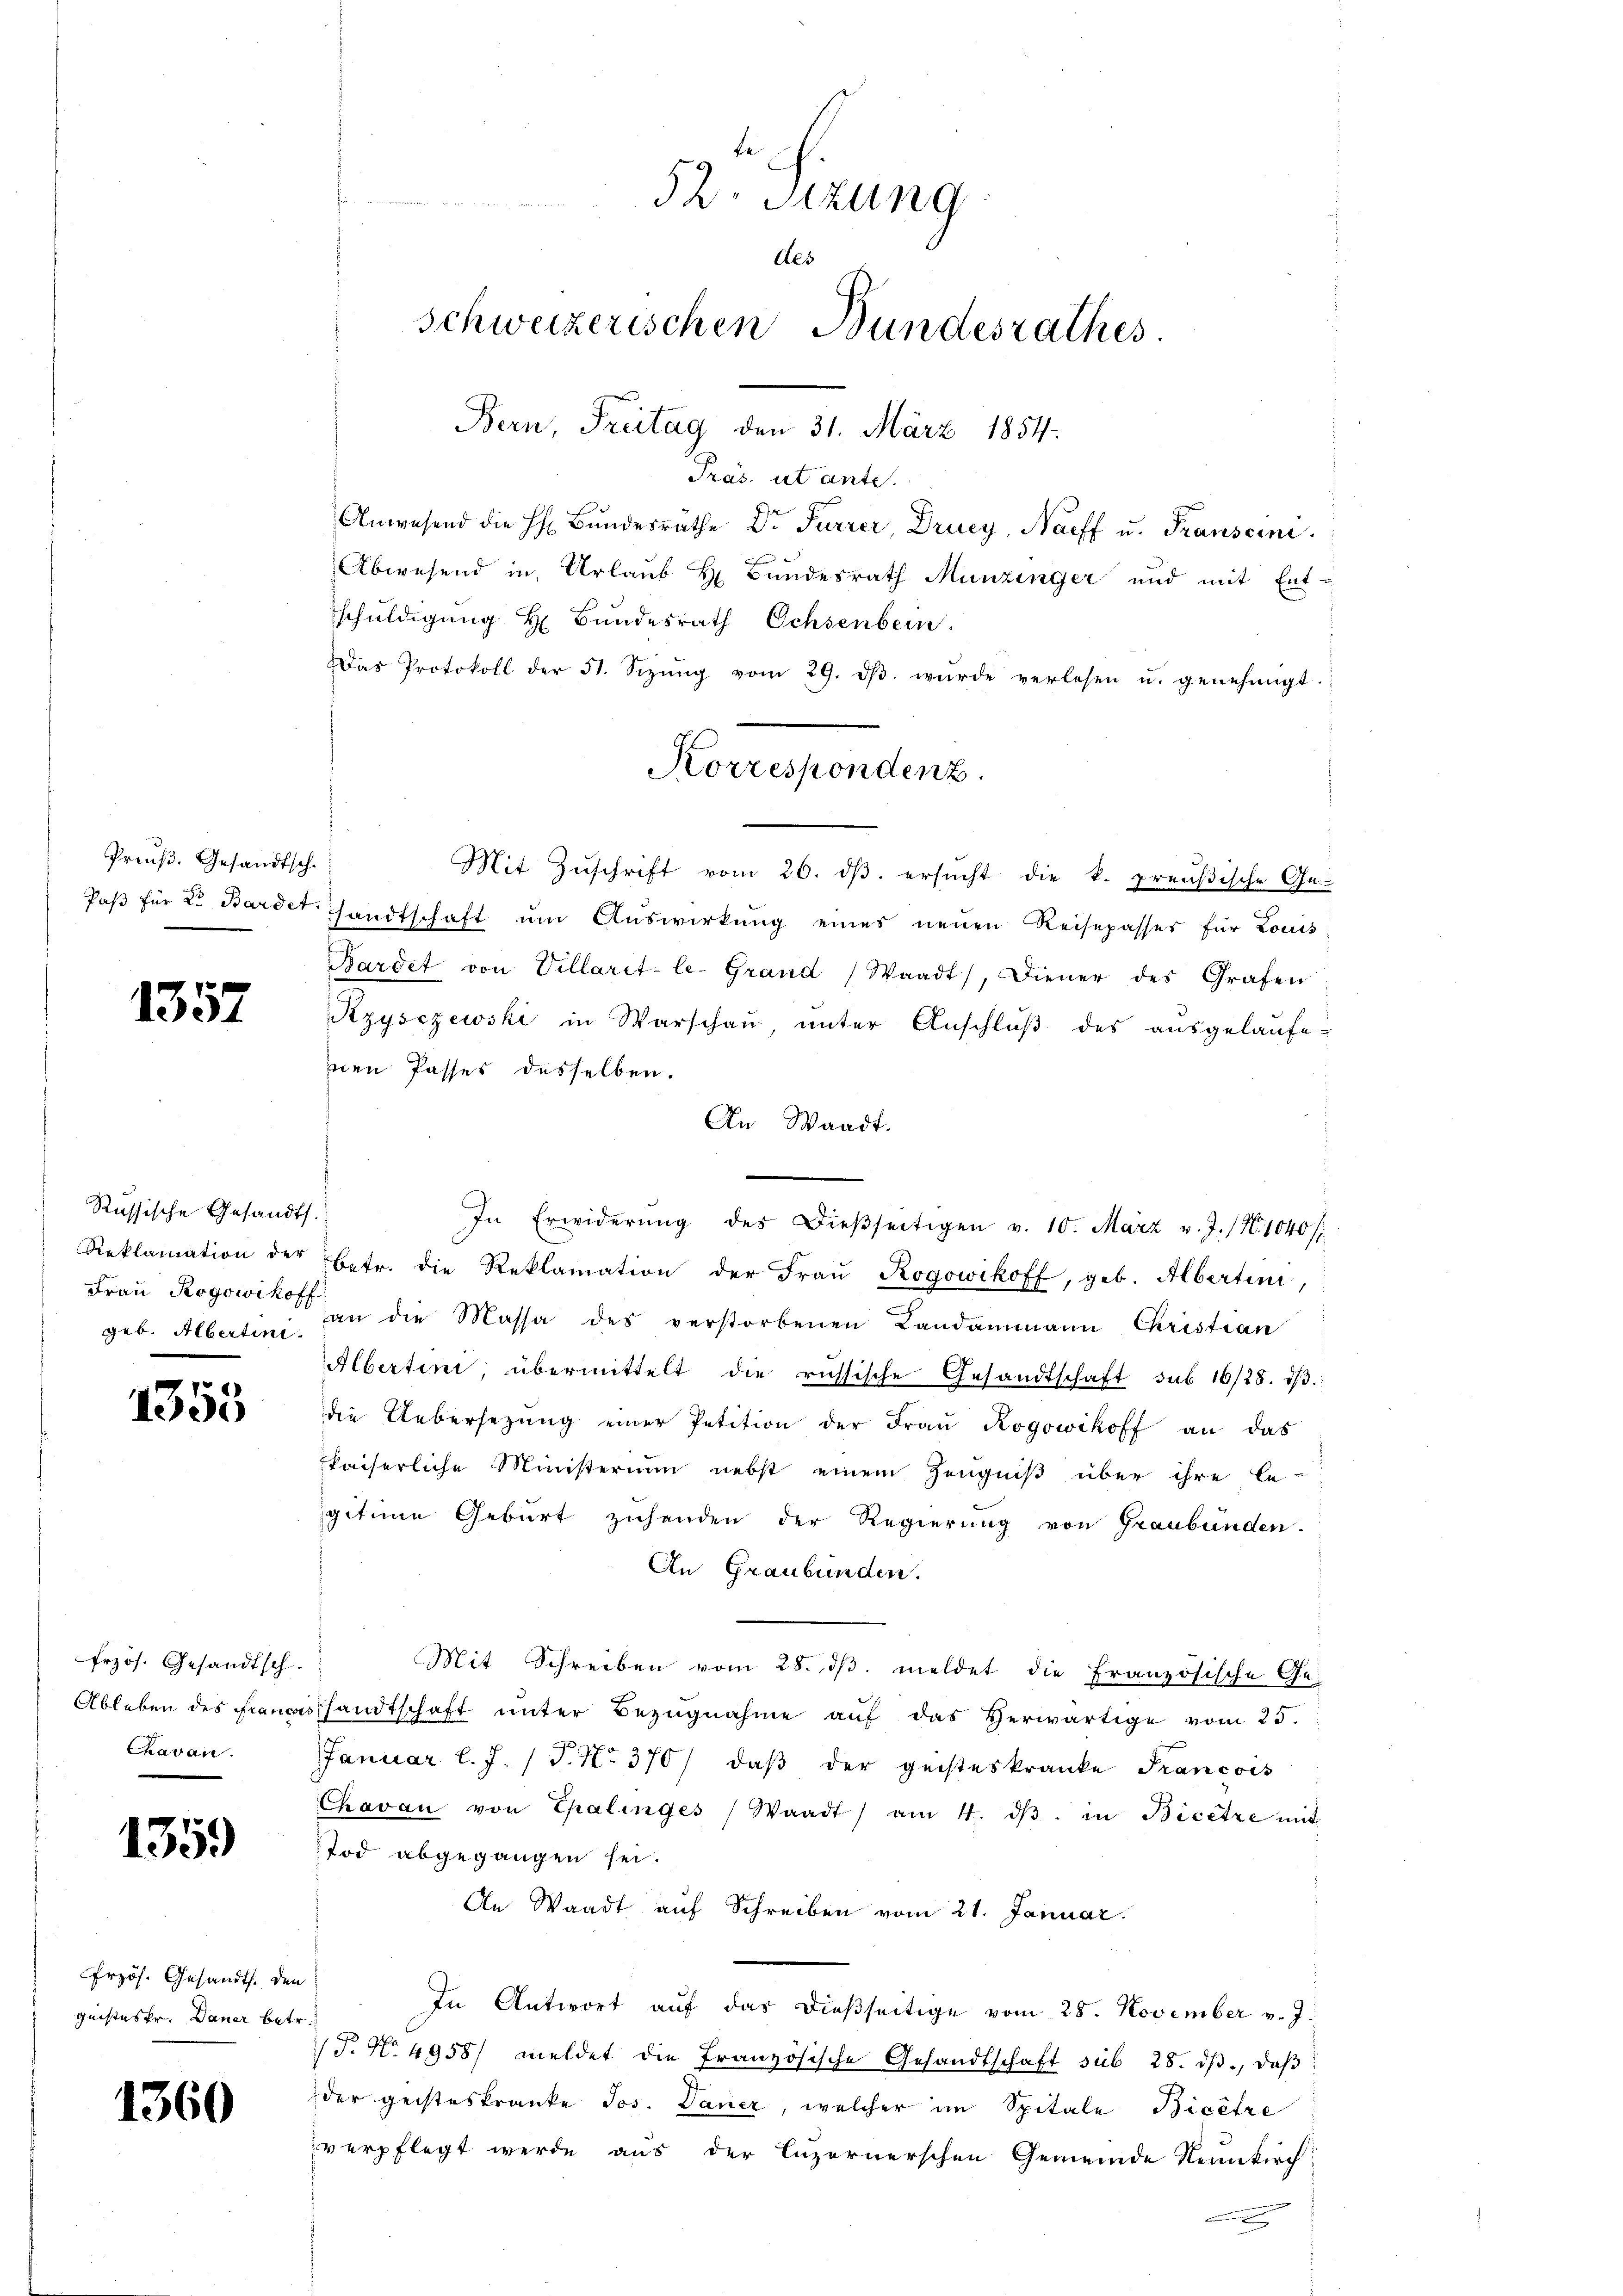
Preuß. Gesandtsch.

1357

Russische Gesandts.
Frau Rogowikoff

1355

frzös. Gesandtsch.
Ableben des Franci
Chavan

1359)

1360

rzös. Gesandts. den
geisteskr. Dauer betr.

52. Sizung
Als
Schweizerischen Bundesrathes
Bern, Freitag den 31. März 1854.

Präs. ut ante.
Anwesend die h. Bŭndesräthe Dr. Furrer, Drucy, Narff u. Transcini
Abwesend in Urlaub H Bundesrath Munzinger und mit Ent-
schuldigung H Bundesrath Ochsenbern.
Das Protokoll der 51. Sizŭng vom 29. dβ. wurde verlesen u. genehmigt.
Mit Zŭschrift vom 20. dβ. ersŭcht die k. preußische Ge-
Paβ für 2. Bardet sandtschaft um Auswirkung eines neuen Reisepasser für Louis
Bardet von Villaret-le-Grand (Waadt, Diener des Grafen
Rzysczewski in Warschaŭ ŭnter Anschlŭβ des ausgelaŭfe-
inen Passer desselben.
An Waadt.
In Erwiderŭng des Dieβseitigen v. 10. März v. J. (N. 1040 f
Reklamation der Betr. die Reklamation der Fraŭ Rogowikoff, geb. Albertini,
geb. Alberten an die Massa des verstorbenen Landammann Christian
Alberten, übermittelt die russische Gesandtschaft sub 16/28. dβ
die Uebersetzŭng einer Petition der Fraŭ Kogowikoff an das
kaiserliche Ministerium nebst einem Zeugniß über ihre le-
gitime Geburt zusenden der Regierung von Graubünden.
An Graubünden.
Mit Schreiben vom 28. dβ. meldet die Französische Geshandtschaft unter Bezugnahme aŭf das Verwärtige vom 25.
Januar l. J. (T. No. 370/ daβ der geisteskranke Francois
Chavan von Epalinges Waadt) am 4. dβ. in Bicetze mit
Tod abgegangen sei.
An Waadt auf Schreiben vom 21. Januar
In Antwort auf das dießseitige vom 28. November v. J.
T. No. 4958/ meldet die französische Gesandtschaft sub 28. dβ, daβ
der geisteskranke Jos. Janer, welcher im Spitale Bicêtre
verpflegt werde aus der Luzernerschen Gemeinde Neunkirch
.

Korrespondenz.